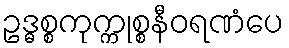
ဥဒ္ဓစ္စကုက္ကုစ္စနီဝရဏံပေ